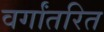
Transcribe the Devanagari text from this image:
वर्गांतरित